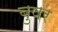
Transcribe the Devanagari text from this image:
बुषर